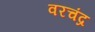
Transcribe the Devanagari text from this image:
वरचंद्र